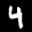
Label: 4